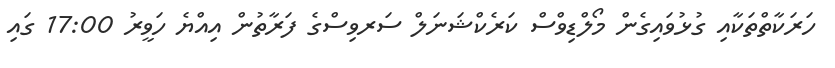
ހަރަކާތްތަކާއި ގުޅުވައިގެން މޯލްޑިވްސް ކަރެކްޝަނަލް ސަރވިސްގެ ފަރާތުން އިއްޔެ ހަވީރު 17:00 ގައި